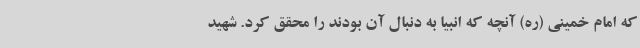
که امام خمینی (ره) آنچه که انبیا به دنبال آن بودند را محقق کرد. شهید